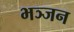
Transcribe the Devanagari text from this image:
भञ्जन